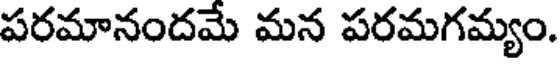
పరమానందమే మన పరమగమ్యం.